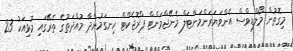
މިގޮތުން މޯލްޑިވްސް އެންވަޔަރަންމަންޓަލް މެނޭޖްމަންޓް ޕްރޮޖެކްޓް ހިނގަމުންދާ މުއްދަތުގެ ތެރޭގައި މުޅިއަކު 23